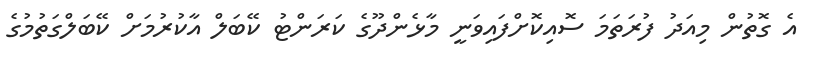
އެ ގޮތުން މިއަދު ފުރަތަމަ ސޮއިކޮށްފައިވަނީ މާޅެންދޫގެ ކަރަންޓު ކޭބަލް އާކުރުމަަށް ކޭބަލްގަތުމުގެ